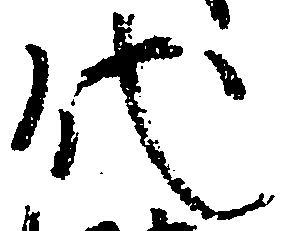
代